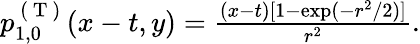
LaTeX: \begin{array}{r}{p_{1,0}^{\mathrm{~(~T~)~}}(x-t,y)=\frac{(x-t)[1-\exp(-r^{2}/2)]}{r^{2}}.}\end{array}